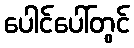
ပေါင်ပေါ်တွင်